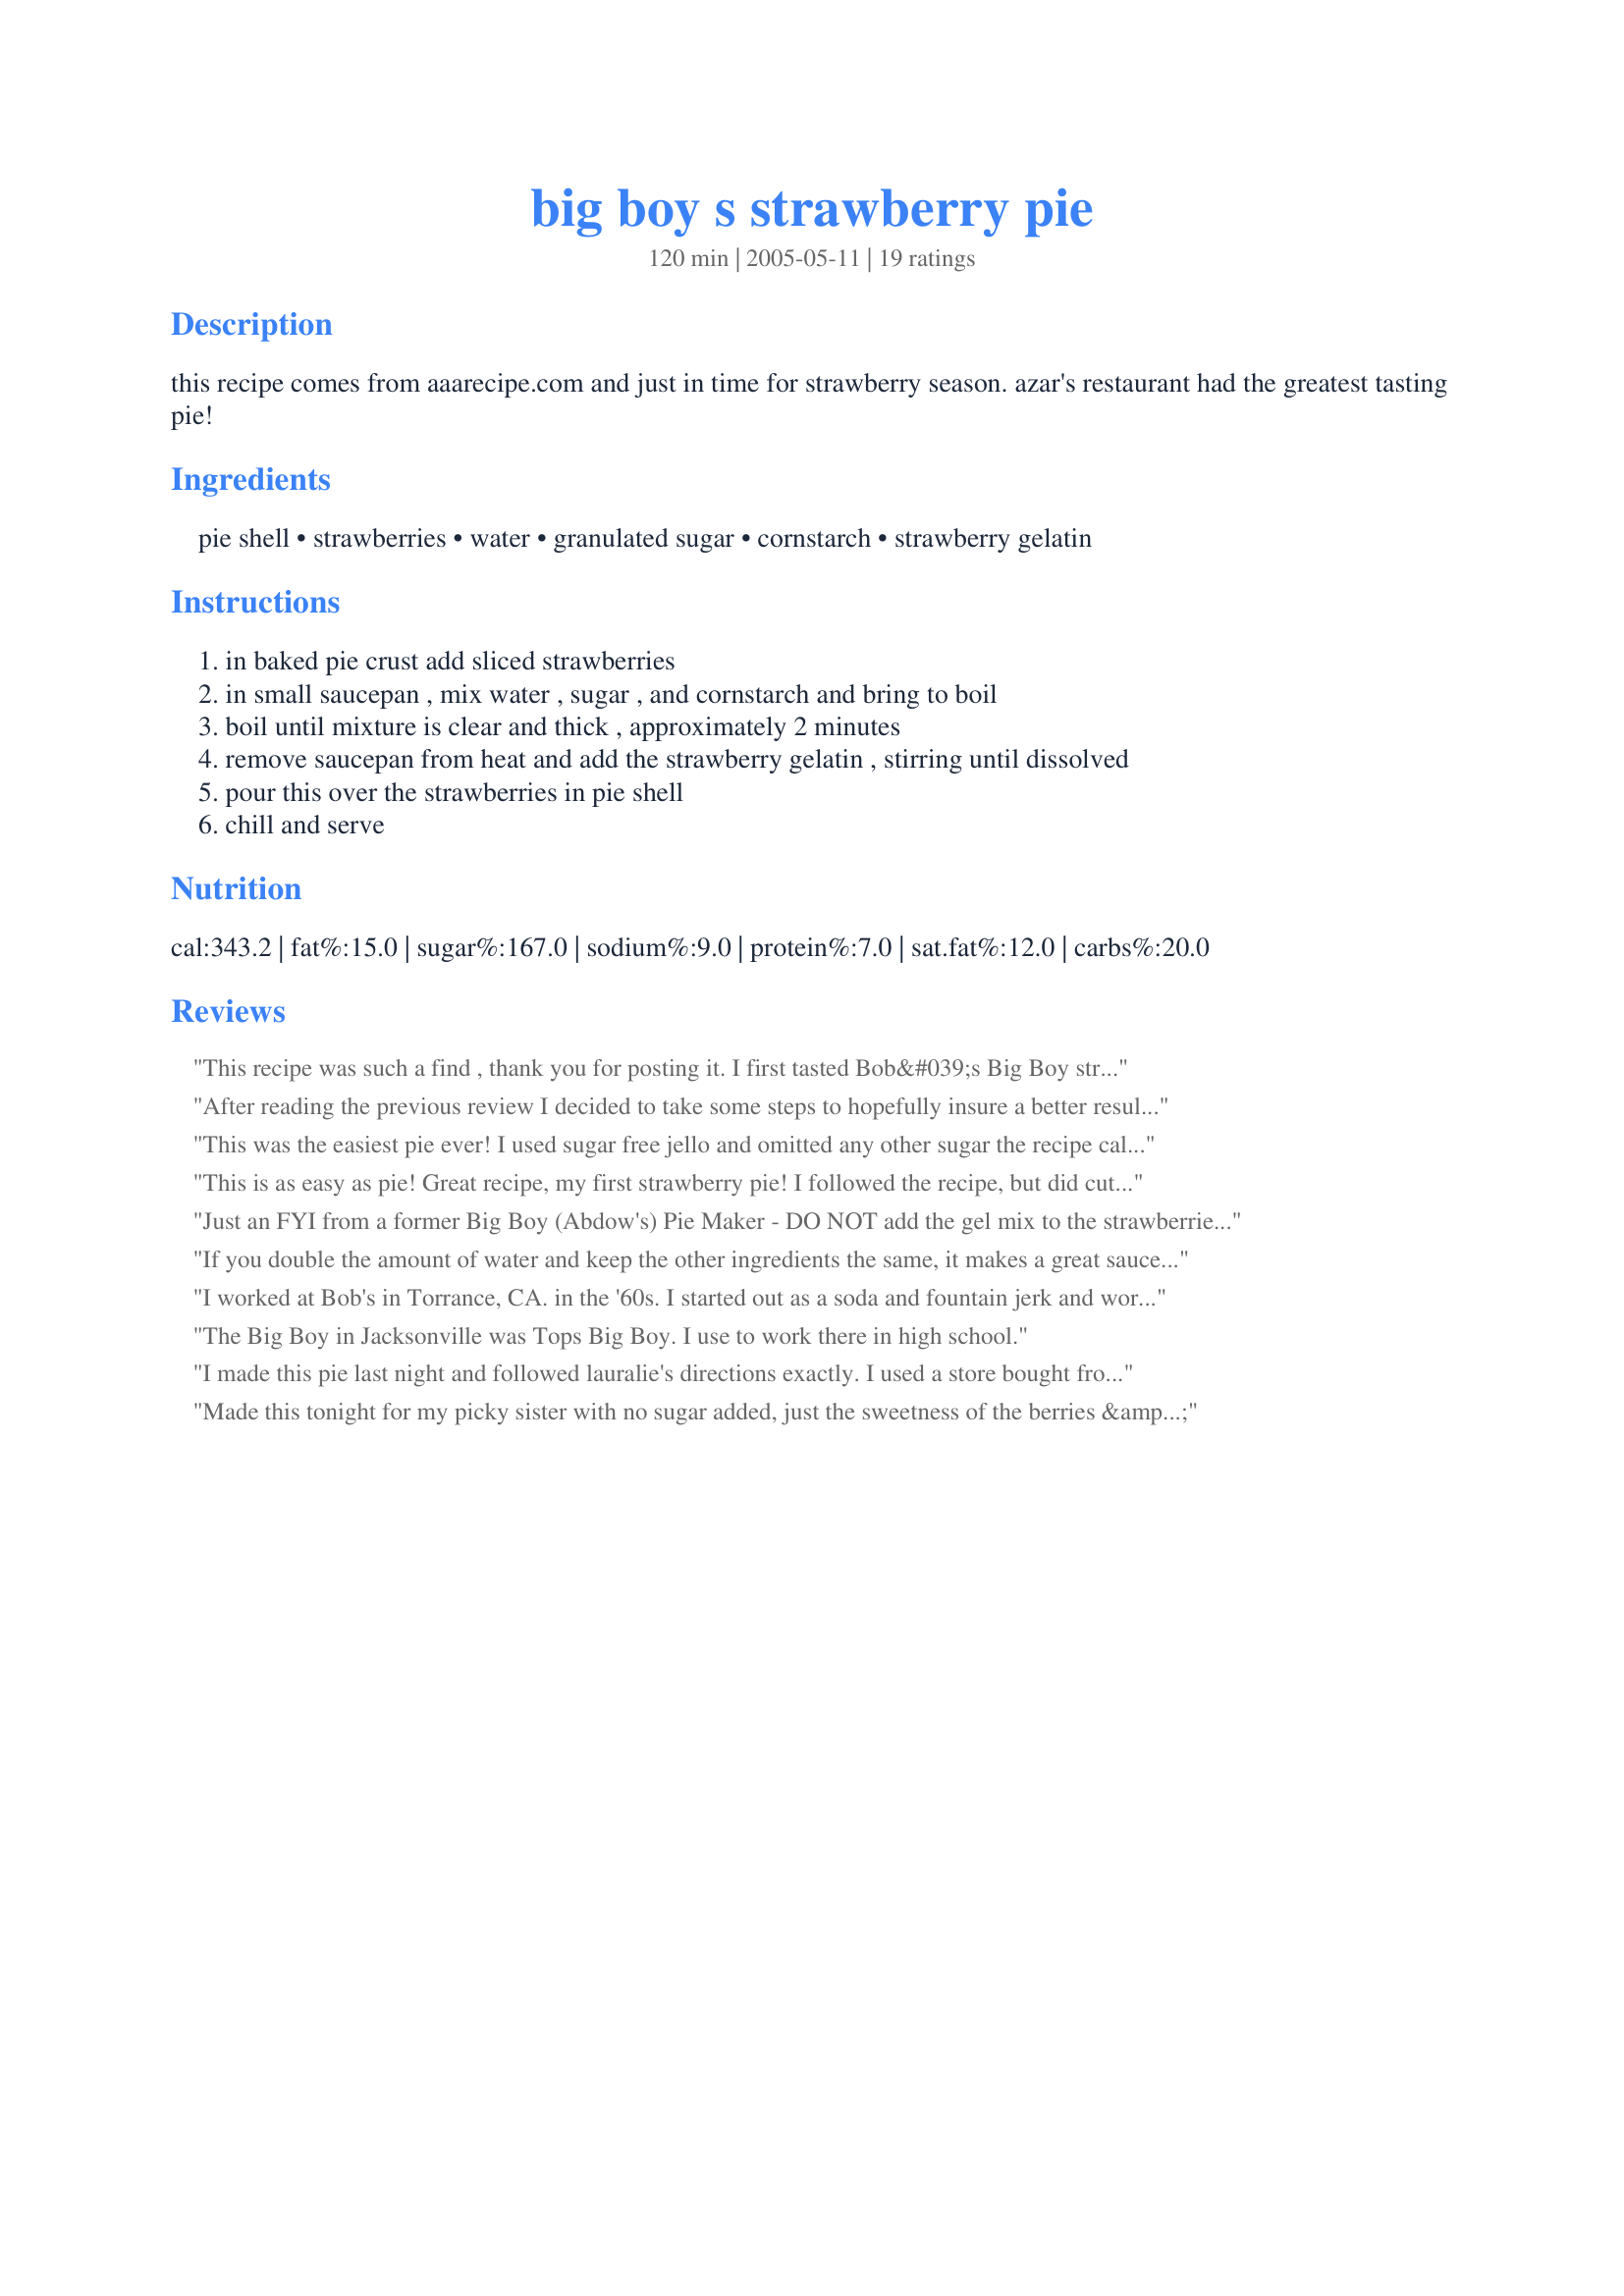
big boy s strawberry pie
Preparation time: 120 minutes

this recipe comes from aaarecipe.com and just in time for strawberry season. azar's restaurant had the greatest tasting pie!

Ingredients:
pie shell, strawberries, water, granulated sugar, cornstarch, strawberry gelatin

Steps:
in baked pie crust add sliced strawberries
in small saucepan , mix water , sugar , and cornstarch and bring to boil
boil until mixture is clear and thick , approximately 2 minutes
remove saucepan from heat and add the strawberry gelatin , stirring until dissolved
pour this over the strawberries in pie shell
chill and serve

Reviews:
This recipe was such a find , thank you for posting it. I first tasted Bob&#039;s Big Boy strawberry pie in 1965, outside Jacksonville, Illinois on the way home from college. The memory has lived on and was revisited by this wonderful recipe. I served it as dessert this Easter and my brother declared it to be the best pie he ever ate. Exactly how I felt in 1965. I followed the recipe to the letter ( except leaving the berries in thick slices,or whole as I remembered) and it turned out perfectly. This will be a go to recipe from now on.
After reading the previous review I decided to take some steps to hopefully insure a better result. After I cooked the sauce I set the pan aside to cool down. Then I started gently slicing my strawberries into a bowl. After they were all sliced I placed them in the pie crust, then poured the sauce over it and refrigerated. After 1 1/2 hours it wasn't jelled enough so I left it overnight. I had a slice for a late breakfast today and it was wonderful. The crust was completely intact, the sauce had jelled to a nice medium jel as it should be, and the sweetness of the sauce nicely sweetened my tart strawberries so that it was neither too sweet or too tart. It was wonderful. I will make this again, and can't wait to go eat another piece.
This was the easiest pie ever! I used sugar free jello and omitted any other sugar the recipe called for. I placed my berries in a graham cracker shell.
This is as easy as pie! Great recipe, my first strawberry pie! I followed the recipe, but did cut the salt a little. This will, for sure go on my best of the best book. Thanks so much for sharing! Made for a forum game at KK.
Just an FYI from a former Big Boy (Abdow's) Pie Maker - DO NOT add the gel mix to the strawberries until cooled - Also ALWAYS pipe in real whipped cream topping. If you add the boiling gel mix to the strawberries, you will start to cook them - and I imagine it would be very soggy - if you add it once it has cooled, it will be a thicker gel consistency and it will fill in around the strawberries nicely!
If you double the amount of water and keep the other ingredients the same, it makes a great sauce for pancakes, French toast, waffles. pound or angel food cake. I sometimes add a few drops of red food coloring if the strawberries are not local. Leftover sauce can be refrigerated and reheated. Bon Appe'tit!!
I worked at Bob's in Torrance, CA. in the '60s. I started out as a soda and fountain jerk and worked my way into the kitchen. By the time I was graduating from high school, I was a night shift manager. It was one of the most important jobs of my life. I developed wonderful job skills and a solid work ethic. Great place. The strawberry pie was a classic. I made hundreds of them over the three years I was with them.
The Big Boy in Jacksonville was Tops Big Boy. I use to work there in high school.
I made this pie last night and followed lauralie's directions exactly. I used a store bought frozen pie shell and baked it before hand. After chilling overnight this pie was not set very well but i decided to try it anyway. The pie crust disolved in the filling when i tried to cut it. The filling was a nice thick consistency but i'm not sure if it should have been a more gelatin type consistency. I assumed it would be a jello like consistency. Maybe i'm wrong here. I also felt that it needs more sugar to have the appropriate sweetness contrast to the fresh slightly tart strawberries and found the overall taste and texture not satisfying. I would like to try and make this again with additonal sugar and other modifications to see if it improves. Perhaps human error led to this result?
Made this tonight for my picky sister with no sugar added, just the sweetness of the berries &amp; Jello brand “Simply Good” strawberry jello! Added whipped cream for garnish but my version ended up being about 140-150 calories a slice!! ??
Another recipe I've been making for years, although I use 1 cup sugar, 1 cup water and 3 tablespoons of cornstarch. It thickens up readily. After adding the jello to this, let it cool slightly and then fold into the berries. Our family loves this easy and tasty pie.
Made this for my husband because he is always talking about Big Boy's Pie and we live about 45 minutest away from one. I am not one for fruit pies so I don't usually make them. This was my first strawberry pie, I tasted it and was very happy with the result. Not to mention that it was very easy to make. I will deffinately make this again sometime.
This is a wonderful pie! I did made it just as stated. I did take the suggestion of some other reviewers, who recommended letting the gelatin mixture cool a bit before pouring over the strawberries. It was perfectly set after about 3 hours. I used my favorite pie crust recipe for one-crust pies, "Recipe#51537", and they made a wonderful combination. I'm going to make more of these for the 4th of July! Thanks for sharing.
loved it!
I remember this as a birthday pie. We had it at Bob's Big Boy in Tucson, AZ in 1971 for my 8th bday. Mom never had the recipe and I found this last year. SOOOOO HAPPY!!!
My husband first made strawberry pie from our own berries, and titled it, &quot;Dad&#039;s Doorstep Strawberry Pie.&quot; (put the plants close to the house) When we had to make the pie &#039;sugar-free&#039; he modified the recipe. Recently I was trying to remember his recipe and decided to &quot;Ask Food.com&quot; Thanks for posting this. I had a 10&quot; deep dish crust and the larger package of gelatin worked perfectly!
I have been looking for a recipe for &quot;Shoney's Big Boy&quot; Strawberry pie for about half of my life, and this one is IT. I made it for the first time for Father's Day. I took advice from a few other reviewers. First, I leave most of the strawberries whole, and in large pieces, the way I remembered them. I substitute Splenda for the granulated sugar, and increased the amount to one cup. I also use most of a .6 oz box of sugar free Strawberry Jello, instead of the small box. I cool the sauce before pouring over the stawberries, and refrigerate the pie for at least 4 hours. We top each slice with spray can whipped cream, no non-dairy stuff.. This is SO GOOD, that no one misses the sugar at all! By my family's popular request, I have made another pie every week.
Super easy to make and very delicious! I'll be making this one often!
I love this pie! So easy to make and just delicious. I usually put a dollop of whipped cream on it and it's perfect. Thank you for posting the recipe.
